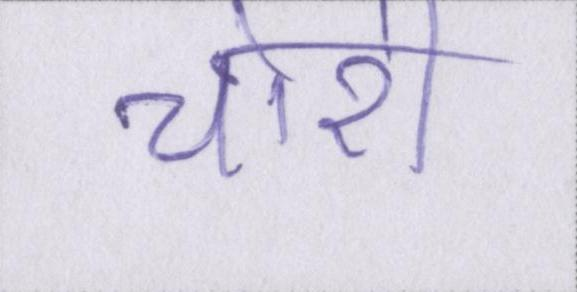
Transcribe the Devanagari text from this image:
चोरी